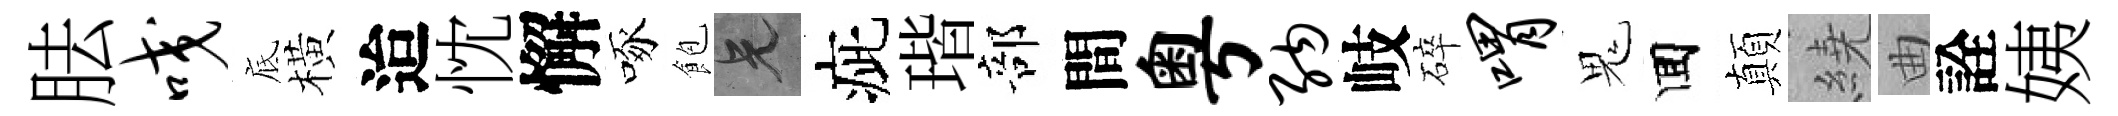
胠咬底橫迨忱懈啄飽兄疵瑎部間粤纳岐碎喟鬼囬顛繞曲詮姨